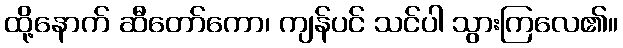
ထို့နောက် ဆီတော်ကော၊ ကျန်ပင် သင်ပါ သွားကြလေ၏။